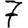
Digit: 7